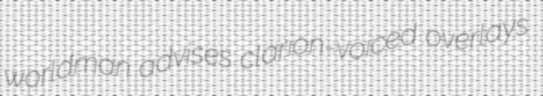
worldman advises clarion-voiced overlays